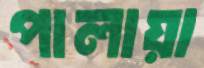
পালায়া